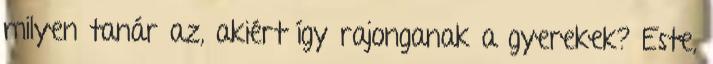
milyen tanár az, akiért így rajonganak a gyerekek? Este,